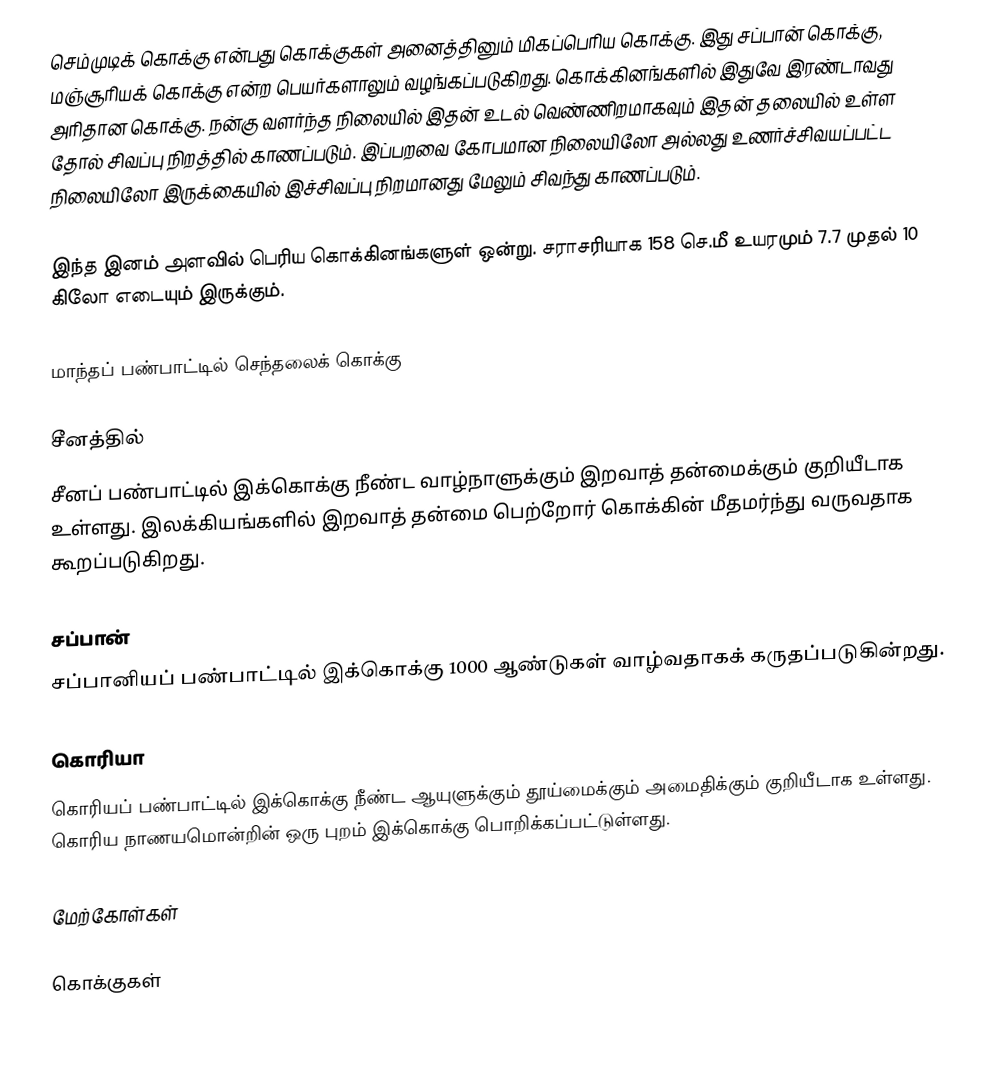
செம்முடிக் கொக்கு என்பது கொக்குகள் அனைத்தினும் மிகப்பெரிய கொக்கு. இது சப்பான் கொக்கு, மஞ்சூரியக் கொக்கு என்ற பெயர்களாலும் வழங்கப்படுகிறது. கொக்கினங்களில் இதுவே இரண்டாவது அரிதான கொக்கு. நன்கு வளர்ந்த நிலையில் இதன் உடல் வெண்ணிறமாகவும் இதன் தலையில் உள்ள தோல் சிவப்பு நிறத்தில் காணப்படும். இப்பறவை கோபமான நிலையிலோ அல்லது உணர்ச்சிவயப்பட்ட நிலையிலோ இருக்கையில் இச்சிவப்பு நிறமானது மேலும் சிவந்து காணப்படும்.

இந்த இனம் அளவில் பெரிய கொக்கினங்களுள் ஒன்று. சராசரியாக 158 செ.மீ உயரமும் 7.7 முதல் 10 கிலோ எடையும் இருக்கும்.

மாந்தப் பண்பாட்டில் செந்தலைக் கொக்கு

சீனத்தில்
சீனப் பண்பாட்டில் இக்கொக்கு நீண்ட வாழ்நாளுக்கும் இறவாத் தன்மைக்கும் குறியீடாக உள்ளது. இலக்கியங்களில் இறவாத் தன்மை பெற்றோர் கொக்கின் மீதமர்ந்து வருவதாக கூறப்படுகிறது.

சப்பான்
சப்பானியப் பண்பாட்டில் இக்கொக்கு 1000 ஆண்டுகள் வாழ்வதாகக் கருதப்படுகின்றது.

கொரியா
கொரியப் பண்பாட்டில் இக்கொக்கு நீண்ட ஆயுளுக்கும் தூய்மைக்கும் அமைதிக்கும் குறியீடாக உள்ளது. கொரிய நாணயமொன்றின் ஒரு புறம் இக்கொக்கு பொறிக்கப்பட்டுள்ளது.

மேற்கோள்கள்

கொக்குகள்